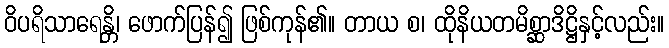
ဝိပရိသာရေန္တိ၊ ဖောက်ပြန်၍ ဖြစ်ကုန်၏။ တာယ စ၊ ထိုနိယတမိစ္ဆာဒိဋ္ဌိနှင့်လည်း။